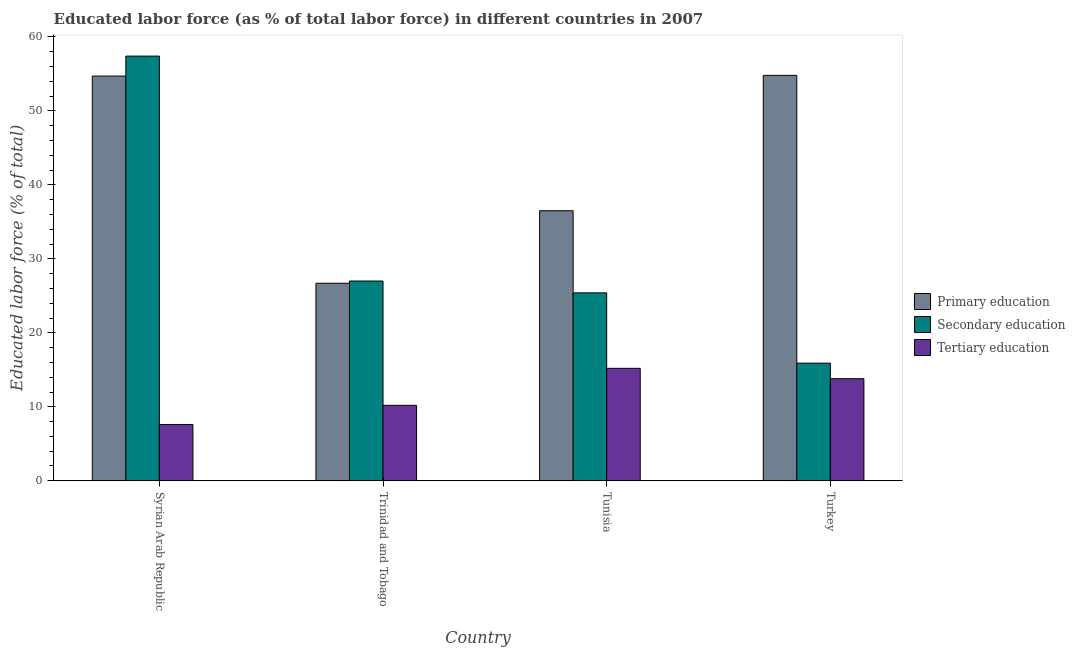
| Country | Primary education | Secondary education | Tertiary education |
 | --- | --- | --- | --- |
 | Syrian Arab Republic | 54.7 | 57.4 | 7.6 |
 | Trinidad and Tobago | 26.7 | 27 | 10.2 |
 | Tunisia | 36.5 | 25.4 | 15.2 |
 | Turkey | 54.8 | 15.9 | 13.8 |